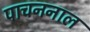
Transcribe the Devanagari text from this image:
पाचननाल